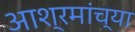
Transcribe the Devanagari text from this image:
आश्रमांच्या